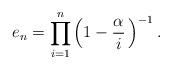
LaTeX: \begin{align*} e_n = \prod_{i=1}^n\left( 1-\dfrac{\alpha}{i}\, \right)^{-1}.\end{align*}